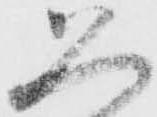
久